Scottish Leaving Certificate Examination, 1958
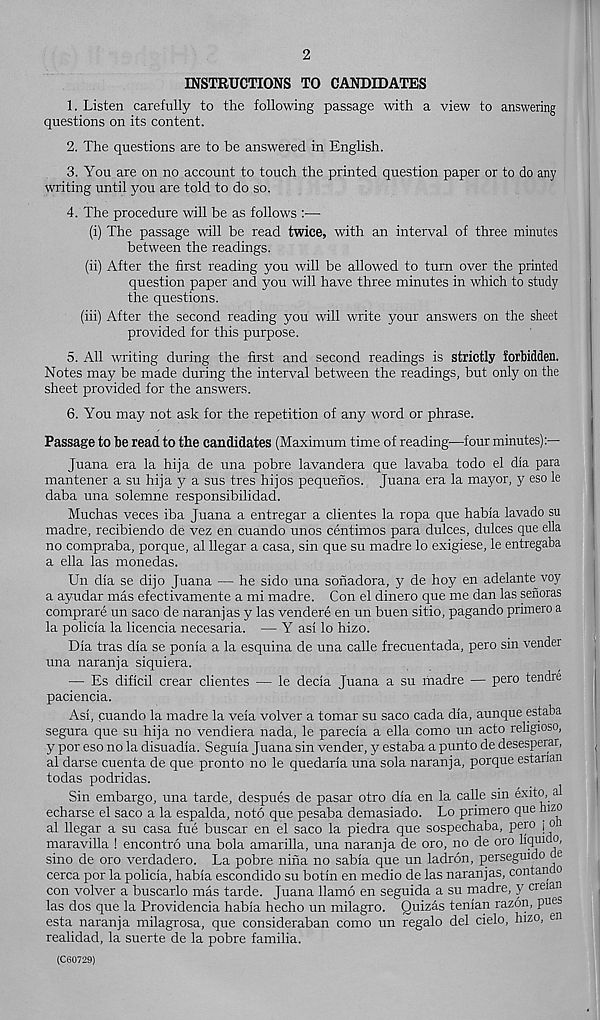
2
INSTRUCTIONS TO CANDIDATES
1. Listen carefully to the following passage with a view to answering
questions on its content.
2. The questions are to be answered in English.
3. You are on no account to touch the printed question paper or to do any
writing until you are told to do so.
4. The procedure will be as follows :—
(i) The passage will be read twice, with an interval of three minutes
between the readings.
(ii) After the first reading you will be allowed to turn over the printed
question paper and you will have three minutes in which to study
the questions.
(iii) After the second reading you will write your answers on the sheet
provided for this purpose.
5. All writing during the first and second readings is strictly forbidden.
Notes may be made during the interval between the readings, but only on the
sheet provided for the answers.
6. You may not ask for the repetition of any word or phrase.
Passage to be read to the candidates (Maximum time of reading—four minutes):—
Juana era la hija de una pobre lavandera que lavaba todo el dia para
mantener a su hija y a sus tres hijos pequenos. Juana era la mayor, y eso le
daba una solemne responsibilidad.
Muchas veces iba Juana a entregar a clientes la ropa que habia lavado su
madre, recibiendo de vez en cuando unos centimes para dulces, dulces que ella
no compraba, porque, al llegar a casa, sin que su madre lo exigiese, le entregaba
a ella las monedas.
Un dia se dijo Juana — he sido una sonadora, y de hoy en adelante^voy
a ayudar mas efectivamente a mi madre. Con el dinero que me dan las senoras
comprare un saco de naranjas y las vendere en un buen sitio, pagando pnmero a
la policia la licencia necesaria. — Y asi lo hizo.
Dia tras dia se ponia a la esquina de una calle frecuentada, pero sin vender
una naranja siquiera.
— Es dificil crear clientes — le decia Juana a su madre — pero tendre
paciencia.
Asi, cuando la madre la veia volver a tomar su saco cada dia, aunque estaba
segura que su hija no vendiera nada, le parecia a ella como un acto rehgioso,
y por eso no la disuadia. Seguia Juana sin vender, y estaba a punto de desesperar,
al darse cuenta de que pronto no le quedaria una sola naranja, porque estanan
todas podridas.
Sin embargo, una tarde, despues de pasar otro dia en la calle sin exito, al
echarse el saco a la espalda, noto que pesaba demasiado. Lo primero que hizo
al llegar a su casa fue buscar en el saco la piedra que sospechaba, pero j o
maravilla ! encontro una bola amarilla, una naranja de oro, no de oro liquido,
sino de oro verdadero. La pobre nina no sabia que un ladron, perseguido ae
cerca por la policia, habia escondido su botin en medio de las naranjas, contan o
con volver a buscarlo mas tarde. Juana llamo en seguida a su madre, y creian
las dos que la Providencia habia hecho un milagro. Quizas tenian razon, pues
esta naranja milagrosa, que consideraban como un regalo del cielo, hizo, en
realidad, la suerte de la pobre familia.
(C60729)